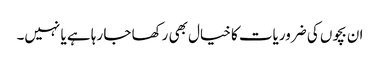
ان بچوں کی ضروریات کا خیال بھی رکھا جا رہا ہے یا نہیں۔